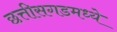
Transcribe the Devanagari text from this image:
छत्तीसगडमध्ये